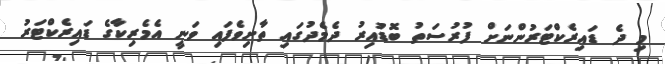
މި ދެ ޑައިރެކްޓަރުންނަށް ފުރުސަތު ބޮޑުއިރު ދެމެދުގައި ތާށިވެފައި ވަނީ އެމެރިކާގެ ޑައިރެކްޓަރު